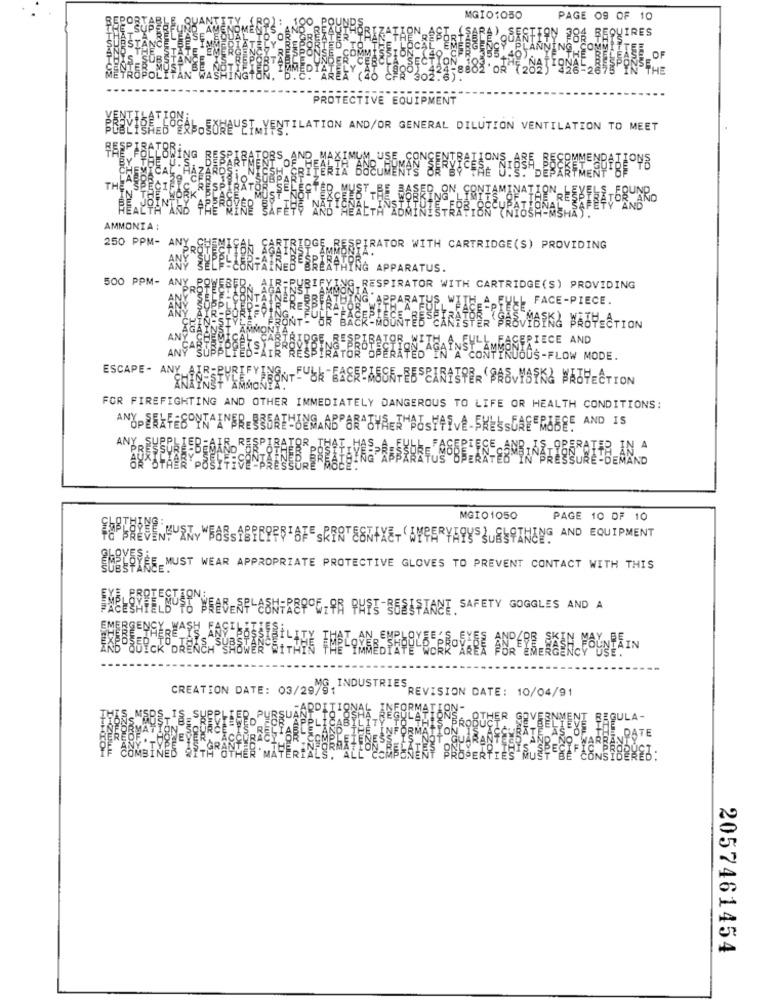
MGIO1050
PAGE 09 OF 10
9Y 286 REQUIRES
ʼâafiqňļ
PROTECTIVE EQUIPMENT
BLELISHED
ABOSOHEUST YENTILATION AND/OR GENERAL DILUTION VENTILATION TO MEET
BESPI
BRING
LUSE
ICAL,
SAMERYB
THE SPECIE
ÅTERUNRO
HEALTH
NO THE
AMMONIA :
250 PPM-
ANY
BETTON AGAINS
GREATRIBESDAMMORE
ARTRIDGE RESPIRATOR WITH CARTRIDGE(S) PROVIDING
AINED
BERTHING APPARATUS.
500 PPM- ANY POW
URIF
RESPIRATOR WITH CARTRIDGE(S) PROVIDING
APPARATUS, WITH A FULL FACE-PIECE.
ONT- OR
INTED CANASTER SASVYBINA WAOTECTION
ANY
ANÇAS
CONTINUOUS-FLOW MODE.
ESCAPE- ANY_AT
NT FUNk 馬公8長にみ동SkTF55BAR全동우ER 'SvYOFK& 単語びにCTION
FOR FIREFIGHTING AND OTHER IMMEDIATELY DANGEROUS TO LIFE OR HEALTH CONDITIONS:
MGIO1050
PAGE 10 OF 10
#含:UINMURKY WBASSYBEEPFFIAFE SRRATESNFXET BYPERYAYYSSUNSTANENG AND EQUIPMENT
SHEYSTEE MUST WEAR APPROPRIATE PROTECTIVE GLOVES TO PREVENT CONTACT WITH THIS
8 WEESP CONFRERE. HE-86SIFIANT. SAFETY GOGGLES AND A
CREATION DATE: 03/29/G, INDUSTRIESREVISION DATE: 10/04/91
FORMAT
ON-
PROBUHER SO
E BAQULA-
SEKS 8 TO DATE
AND NO VARE
ŠPEČ!
PROPERTIES MUST BE CONSIDERED:
2057461454